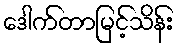
ဒေါက်တာမြင့်သိန်း